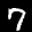
Label: 7